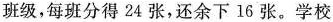
班级，每班分得24张，还余下16张。学校